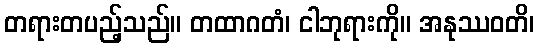
တရားတပည့်သည်။ တထာဂတံ၊ ငါဘုရားကို။ အနုဿဝတိ၊